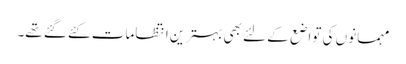
مہمانوں کی تواضع کے لئے بھی بہترین انتظامات کئے گئے تھے۔